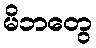
မိဘတွေ